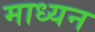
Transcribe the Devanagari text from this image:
माध्यन